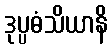
ဒုပ္ပဓံသိယာနိ